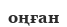
оңған